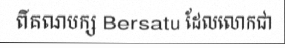
ពីគណបក្ស Bersatu ដែលលោកជា